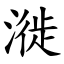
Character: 漇